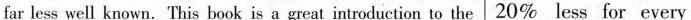
far less well known. This book is a great introduction to the 20% less for every